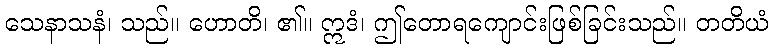
သေနာသနံ၊ သည်။ ဟောတိ၊ ၏။ ဣဒံ၊ ဤတောရကျောင်းဖြစ်ခြင်းသည်။ တတိယံ